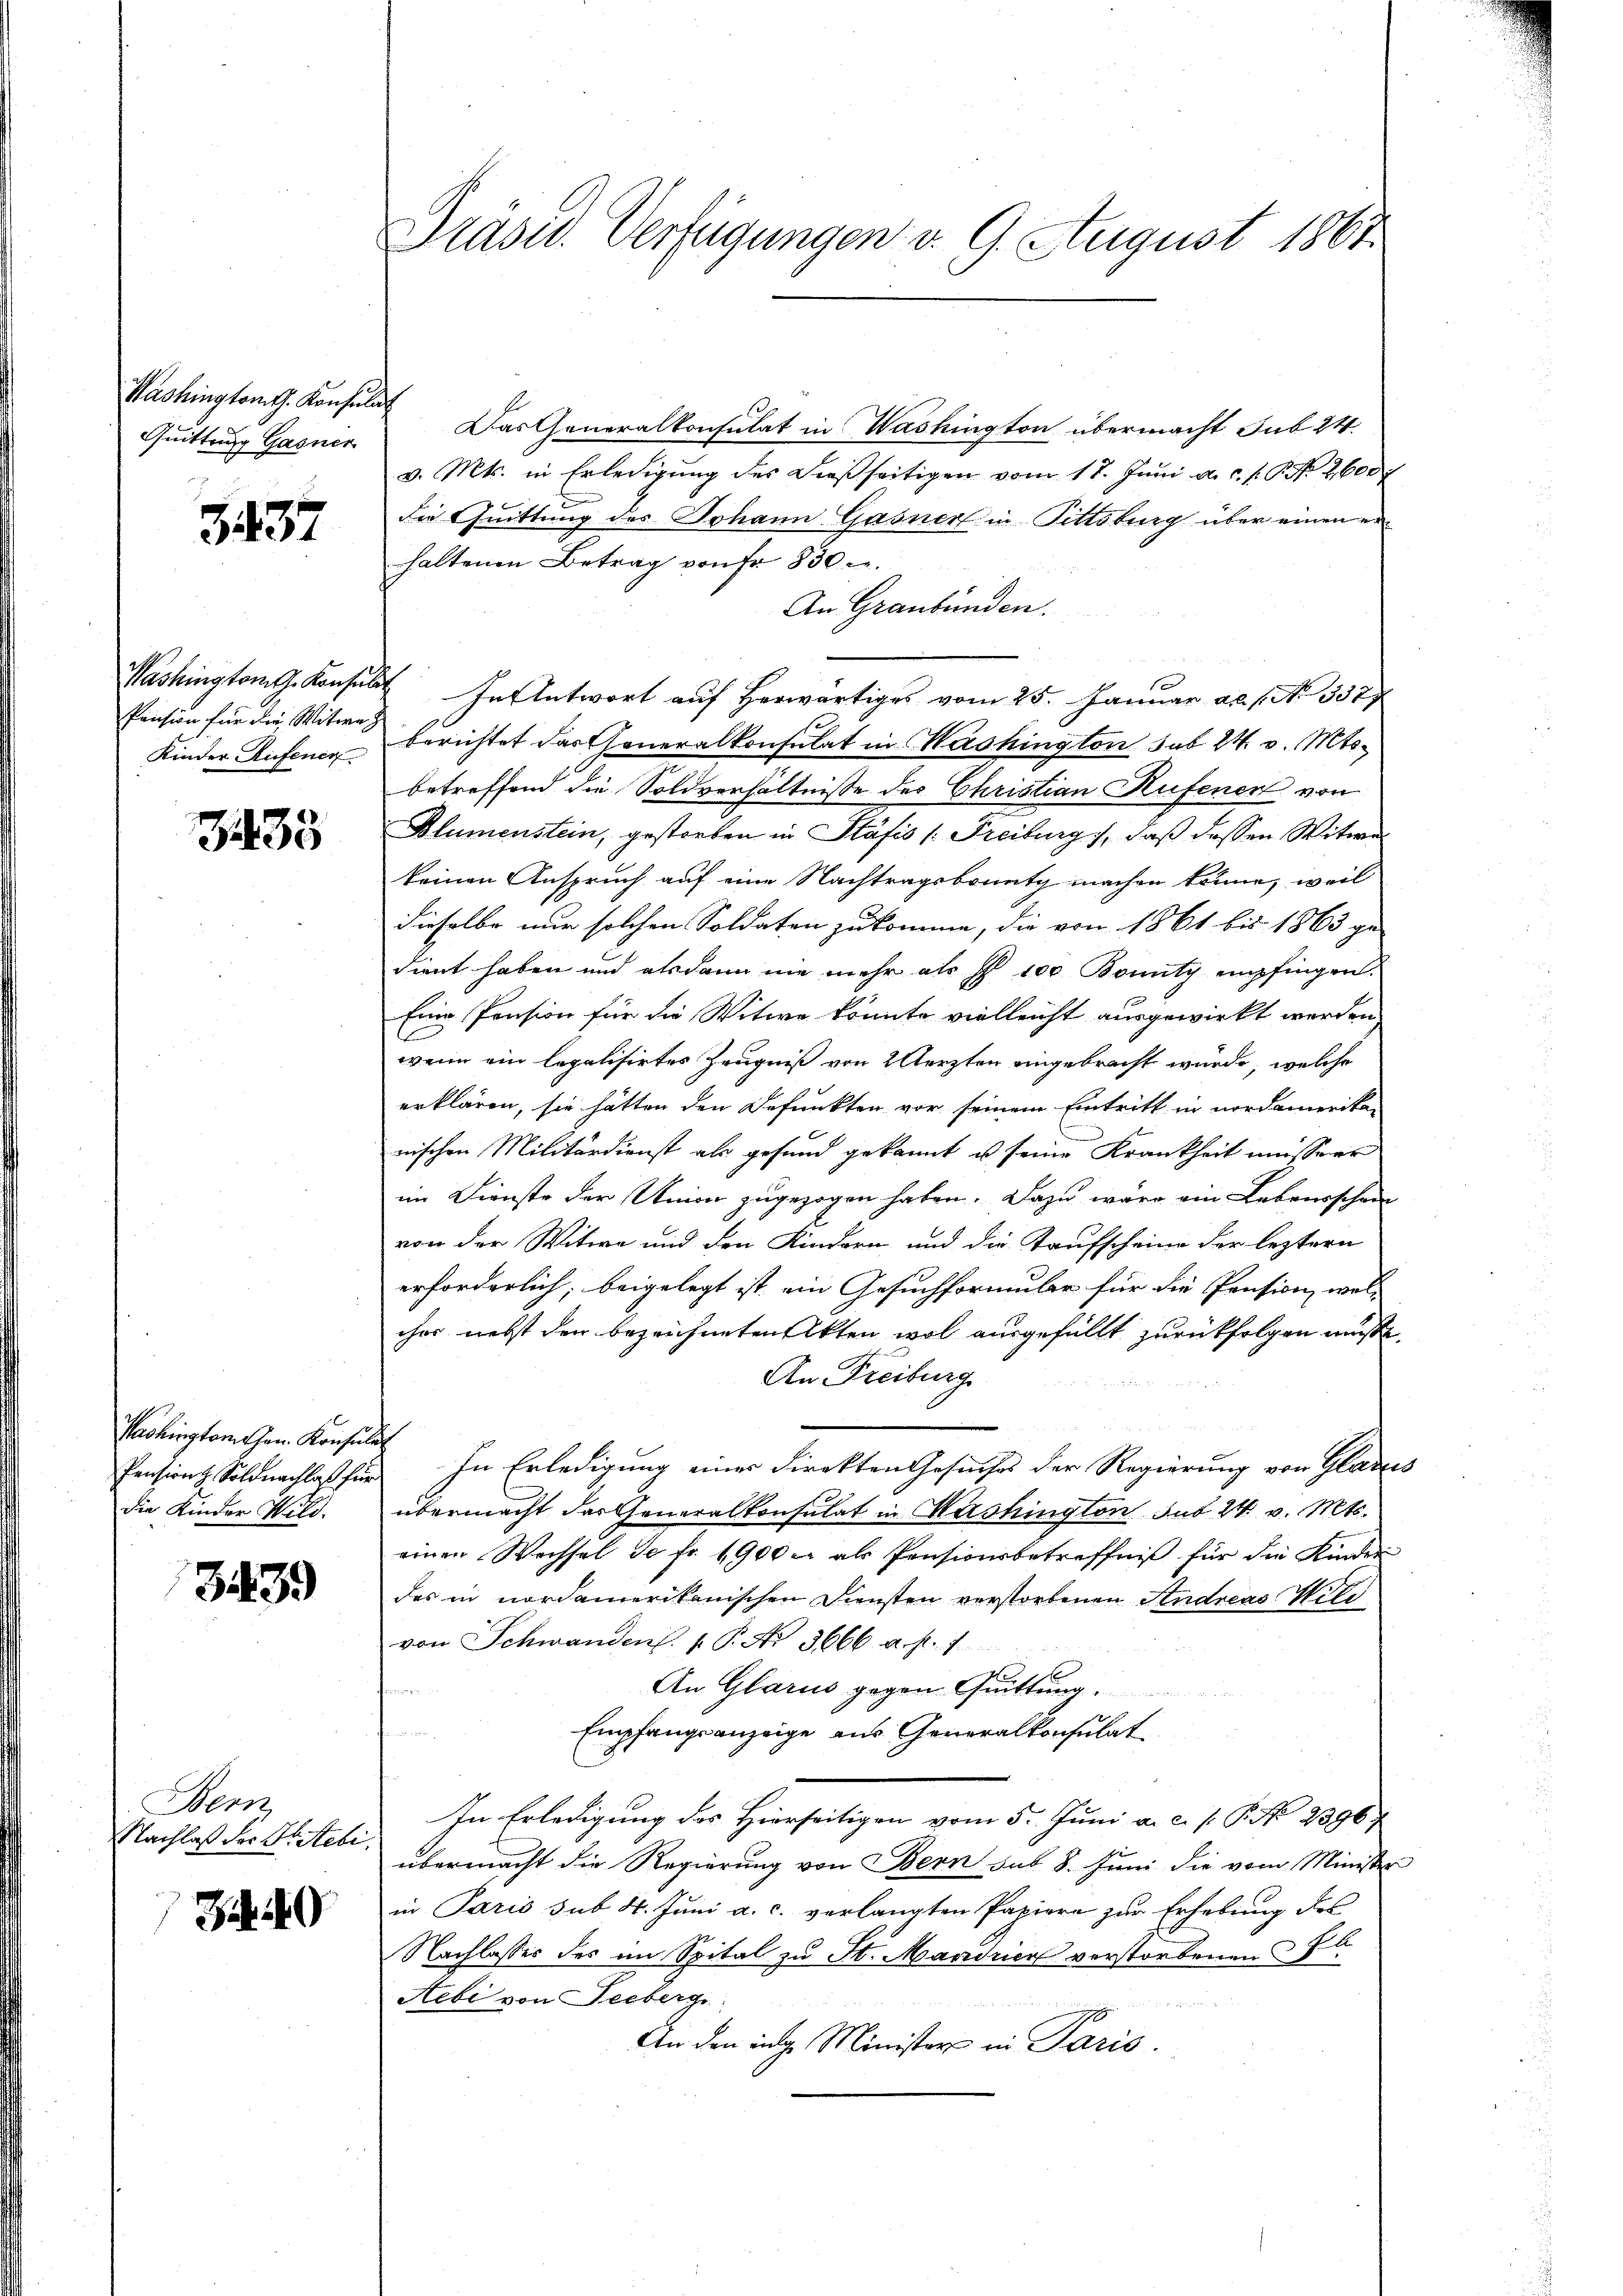
Washingtont. Konsulat
Quittung Gasner

3437

Washington G. Konsul
Pension für die Witwe
Kinder Rufenen

735

Pashington Gen. Konsula
Pension Soldnachlaß für
die Kinder Wild.

339)

Bern,
Nachlaß der Dr. Stibi,

Z 14

Präsid. Verfügungen d. 9. August 1867.

Das Generalkonsulat in Washington übermacht sub 24.
v. Mts. in Erledigung des dießseitigen vom 17. Juni a.c. s. P. Nr. 2600
die Quittung des Johann Gasner in Pittsburg über einen er
haltenen Betrag von Fr. 830.
An Graubünden.
In Antwort auf herwärtiges vom 25. Januar ad 1. No. 332
berichtet das Generalkonsulat in Washington sub 24. v. Mtobetreffend die Soldverhältnisse des Christian Rufenen von
Blumenstein, gestorben in Stäfis (Freiburg), daß dessen Witwe
keinen Anspruch auf eine Nachtragsbounty machen könne, weil
dieselbe nur solchen Soldaten zukomme, die von 1861 bis 1863 ge
dient haben und alsdann nie mehr als § 100 Bonity empfingen.
Eine Pension für die Witwe könnte vielleicht ausgewirkt werden.
wenn ein legalisirtes Zeugniß von 2 Aerzten eingebracht würde, welche
erklären, sie hätten den Befunkten vor seinem Eintritt in nordamerikan
nischen Militärdienst als gesund gekannt es seine Krankheit müsserr
im Dienste der Union zugezogen haben. Dazu wäre ein Lebenischen
von der Witwe und den Kindern und die Taufscheine der leztern
erforderlich, beigelegt ist ein Gesuchformular für die Pension, wel-
cher nebst den bezeichneten Akten wol ausgefüllt zurückfolgen müsse.
An Freiburg
In Erledigung einer Direkten Gesuches der Regierung von Gladens
übermacht das Generalkonsulat in Washington sub. 24. v. Mts.
einen Wechsel de fr. 1900 c. als Pensionsbetreffniβ für die Kinder
des in nordamerikanischen Diensten verstorbenen Andreas Witi
von Schwandens. 1. P. Nr. 3666 a. f. 7
An Glarus gegen Quittung.
imer
Empfangsanzeige aus Generalkonsulat

In Erledigung des Hierseitigen vom 5. Juni a. c. s. P. Nr. 2396
übermacht die Regierung von Bern sub 8. Juni die vom Minister
in Paris sub. 4. Juni a. c. verlangten Papiere zur Erhebung des
Nachlasses des im Spital zu St. Mandrier verstorbenen Pl
Hebi von Seeberge
An den inge Minister in Paris.